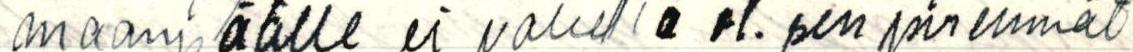
maanpäälle ei valeella ol.sen pirenmät